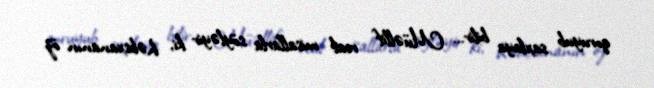
qoruyub saxlaya bilir... Müəllif real misallarla söyləyir ki, həbsxananın öz